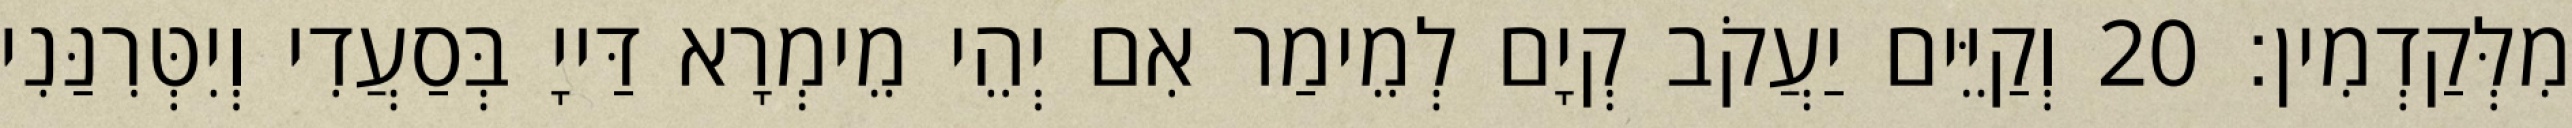
מִלְּקַדְמִין׃ 20 וְקַיֵּים יַעֲקֹב קְיָם לְמֵימַר אִם יְהֵי מֵימְרָא דַּייָ בְּסַעֲדִי וְיִטְּרִנַּנִי